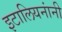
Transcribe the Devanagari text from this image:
इटालियनांनी